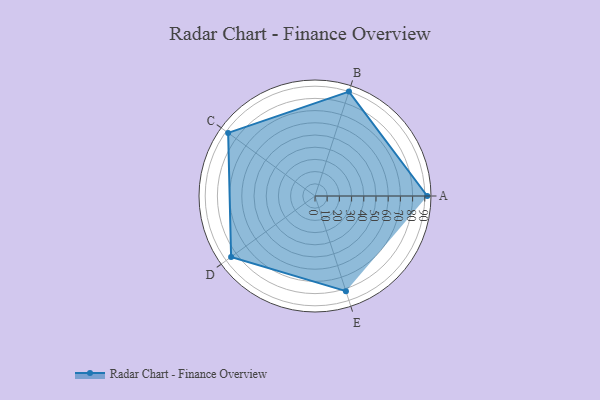
{"axis": {"x": "Skill", "y": "Score"}, "legend": ["Profile"], "data": [{"x": "A", "y": 92.0, "type": "Profile"}, {"x": "B", "y": 90.0, "type": "Profile"}, {"x": "C", "y": 88.0, "type": "Profile"}, {"x": "D", "y": 85.0, "type": "Profile"}, {"x": "E", "y": 82.0, "type": "Profile"}]}